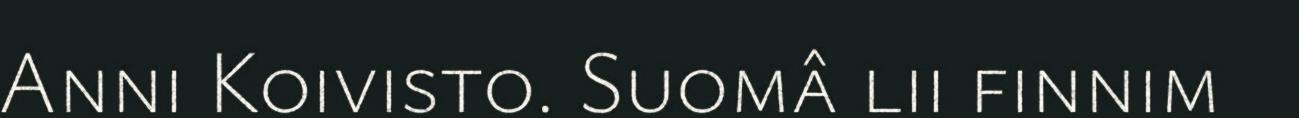
Anni Koivisto. Suomâ lii finnim